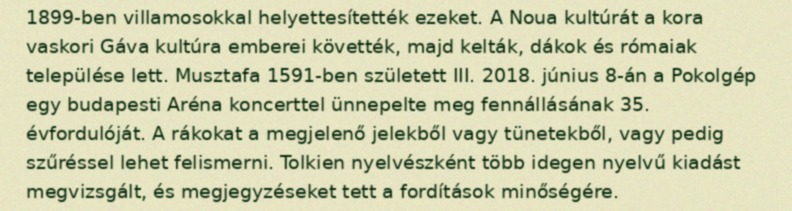
1899-ben villamosokkal helyettesítették ezeket. A Noua kultúrát a kora vaskori Gáva kultúra emberei követték, majd kelták, dákok és rómaiak települése lett. Musztafa 1591-ben született III. 2018. június 8-án a Pokolgép egy budapesti Aréna koncerttel ünnepelte meg fennállásának 35. évfordulóját. A rákokat a megjelenő jelekből vagy tünetekből, vagy pedig szűréssel lehet felismerni. Tolkien nyelvészként több idegen nyelvű kiadást megvizsgált, és megjegyzéseket tett a fordítások minőségére.